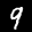
Label: 9